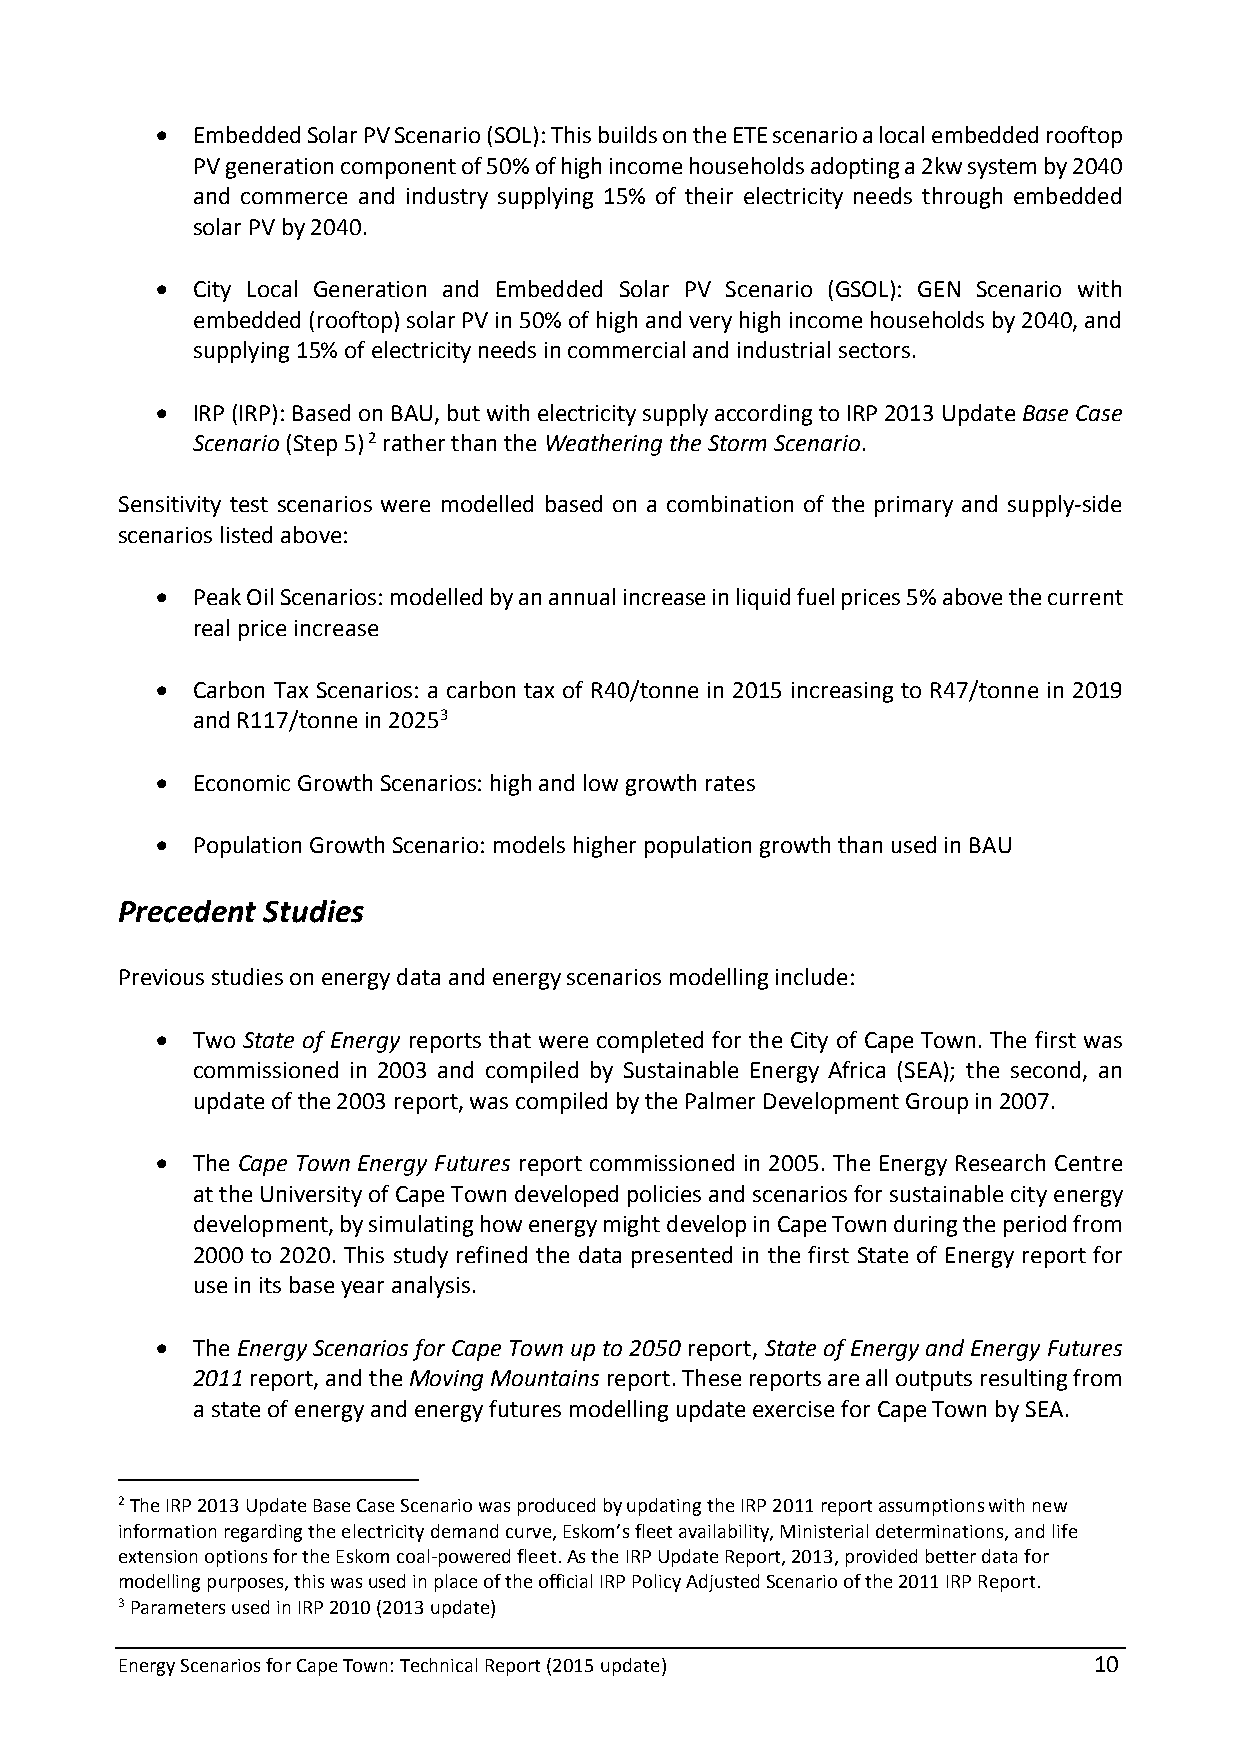
  Embedded Solar PV Scenario (SOL): This builds on the ETE scenario a local embedded rooftop
 PV generation component of 50% of high income households adopting a 2kw system by 2040
 and commerce and industry supplying 15% of their electricity needs through embedded
 solar PV by 2040.
   City Local Generation and Embedded Solar PV Scenario (GSOL): GEN Scenario with
 embedded (rooftop) solar PV in 50% of high and very high income households by 2040, and
 supplying 15% of electricity needs in commercial and industrial sectors.
   IRP (IRP): Based on BAU, but with electricity supply according to IRP 2013 Update Base Case
 Scenario (Step 5) 2 rather than the Weathering the Storm Scenario.
 Sensitivity test scenarios were modelled based on a combination of the primary and supply-side
 scenarios listed above:
   Peak Oil Scenarios: modelled by an annual increase in liquid fuel prices 5% above the current
 real price increase
   Carbon Tax Scenarios: a carbon tax of R40/tonne in 2015 increasing to R47/tonne in 2019
 and R117/tonne in 20253
   Economic Growth Scenarios: high and low growth rates
   Population Growth Scenario: models higher population growth than used in BAU
 Precedent Studies
 Previous studies on energy data and energy scenarios modelling include:
   Two State of Energy reports that were completed for the City of Cape Town. The first was
 commissioned in 2003 and compiled by Sustainable Energy Africa (SEA); the second, an
 update of the 2003 report, was compiled by the Palmer Development Group in 2007.
   The Cape Town Energy Futures report commissioned in 2005. The Energy Research Centre
 at the University of Cape Town developed policies and scenarios for sustainable city energy
 development, by simulating how energy might develop in Cape Town during the period from
 2000 to 2020. This study refined the data presented in the first State of Energy report for
 use in its base year analysis.
   The Energy Scenarios for Cape Town up to 2050 report, State of Energy and Energy Futures
 2011 report, and the Moving Mountains report. These reports are all outputs resulting from
 a state of energy and energy futures modelling update exercise for Cape Town by SEA.
 2 The IRP 2013 Update Base Case Scenario was produced by updating the IRP 2011 report assumptions with new
 information regarding the electricity demand curve, Eskom’s fleet availability, Ministerial determinations, and life
 extension options for the Eskom coal-powered fleet. As the IRP Update Report, 2013, provided better data for
 modelling purposes, this was used in place of the official IRP Policy Adjusted Scenario of the 2011 IRP Report.
 3 Parameters used in IRP 2010 (2013 update)
 Energy Scenarios for Cape Town: Technical Report (2015 update)  10